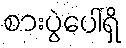
စားပွဲပေါ်ရှိ